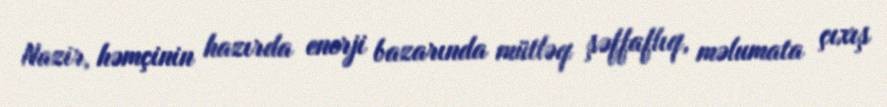
Nazir, həmçinin hazırda enerji bazarında mütləq şəffaflıq, məlumata çıxış